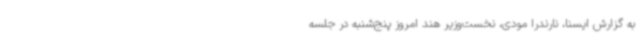
به گزارش ایسنا، نارندرا مودی، نخست‌وزیر هند امروز پنج‌شنبه در جلسه